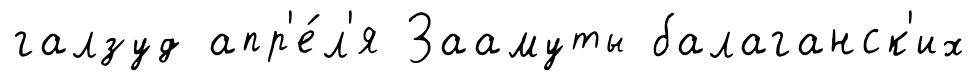
галзуд апр'е́л'я Заамуты балаганск'их